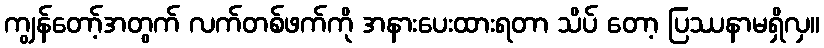
ကျွန်တော့်အတွက် လက်တစ်ဖက်ကို အနားပေးထားရတာ သိပ် တော့ ပြဿနာမရှိလှ။